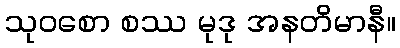
သုဝစော စဿ မုဒု အနတိမာနီ။